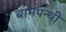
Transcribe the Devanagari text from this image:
बामपन्थी